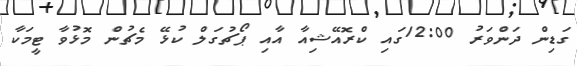
ގަޑިން ދަންވަރު 12:00ގައި ކްރޮއޭޝިއާ އާއި ޕޯޗުގަލް ކުޅޭ މެޗުން މޮޅުވާ ޓީމަކާ